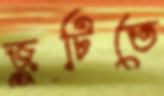
জুটিতে